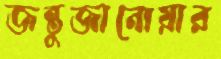
জন্তুজানোয়ার